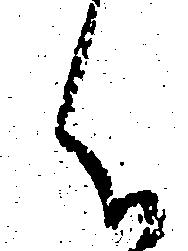
く